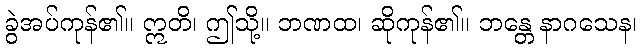
ခွဲအပ်ကုန်၏။ ဣတိ၊ ဤသို့။ ဘဏထ၊ ဆိုကုန်၏။ ဘန္တေ နာဂသေန၊